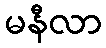
မနီလာ